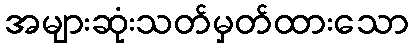
အများဆုံးသတ်မှတ်ထားသော